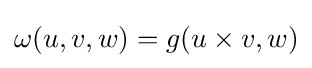
\omega (u,v,w)=g(u\times v,w)